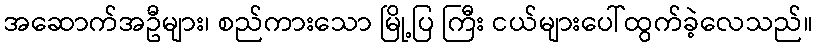
အဆောက်အဦများ၊ စည်ကားသော မြို့ပြ ကြီး ငယ်များပေါ်ထွက်ခဲ့လေသည်။